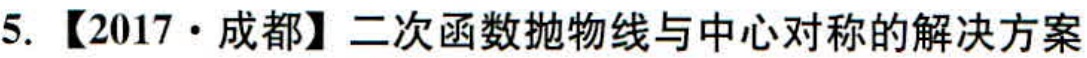
5. 【2017·成都】二次函数抛物线与中心对称的解决方案